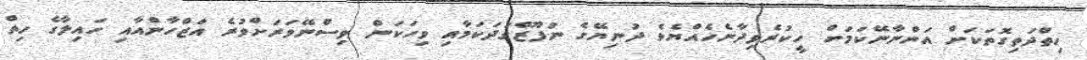
ހިތްދަތިގޮތަކަށް އަންނާނޭކަމަށް ހީކުރެވިދާނެހެއްޔެވެ ދުނިޔޭގެ ނުފޫޒްގަދަކަމާއި ވިހަކަން ވިސްނޭވަރަށްވުރެ އަޒްހާންއާއި ހައިލާގެ ހިތް